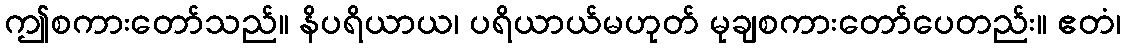
ဤစကားတော်သည်။ နိပရိယာယ၊ ပရိယာယ်မဟုတ် မုချစကားတော်ပေတည်း။ ဧတံ၊